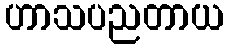
ဟာသပညတာယ